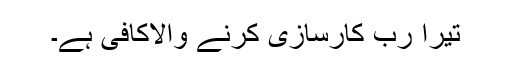
تیرا رب کارسازی کرنے والاکافی ہے۔